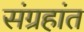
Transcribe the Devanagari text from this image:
संग्रहांत